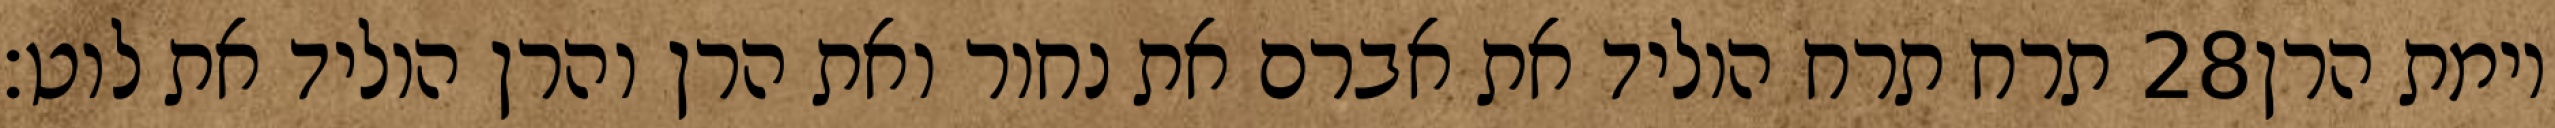
תרח תרח הוליד את אברם את נחור ואת הרן והרן הוליד את לוט׃ ‎28‏ וימת הרן